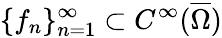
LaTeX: \{ f_{n}\} _{n=1}^{\infty}\subset C^{\infty}(\overline{{\Omega}})